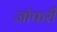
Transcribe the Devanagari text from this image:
जॉफरी